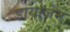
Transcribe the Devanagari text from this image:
डायाजेन